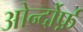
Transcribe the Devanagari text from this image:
ओर्न्दोर्फ़